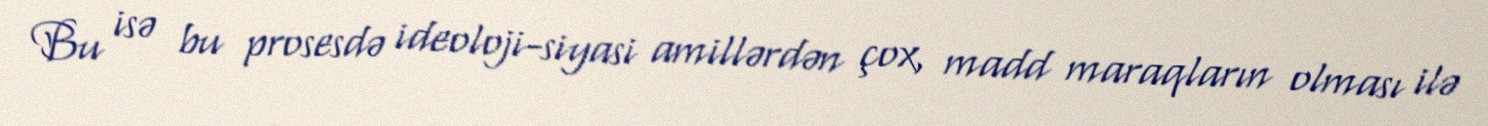
Bu isə bu prosesdə ideoloji-siyasi amillərdən çox, madd maraqların olması ilə